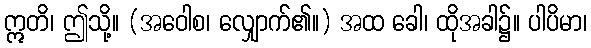
ဣတိ၊ ဤသို့။ (အဝေါစ၊ လျှောက်၏။) အထ ခေါ၊ ထိုအခါ၌။ ပါပိမာ၊